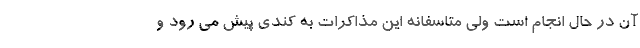
آن در حال انجام است ولی متاسفانه این مذاکرات به کندی پیش می رود و